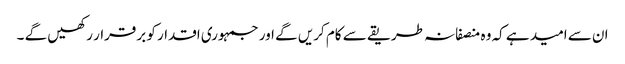
ان سے امید ہے کہ وہ منصفانہ طریقے سے کام کریں گے اور جمہوری اقدار کو برقرار رکھیں گے ۔